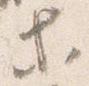
等